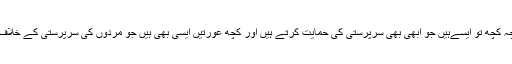
چنانچہ کچھ تو ایسےہیں جو ابهى بهى سرپرستى کى حمایت کرتے ہیں اور کچھ عورتیں ایسى بهى ہیں جو مردوں کى سرپرستى کے خلاف ہیں۔